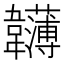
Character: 𩏵